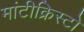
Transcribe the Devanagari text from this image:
मांटीक्रिस्टो